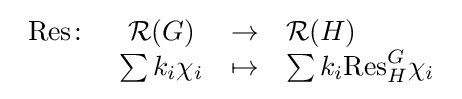
{\begin{array}{cccl}{\text{Res}}\colon &{\mathcal {R}}(G)&\to &{\mathcal {R}}(H)\\&\sum k_{i}\chi _{i}&\mapsto &\sum k_{i}{\text{Res}}_{H}^{G}\chi _{i}\end{array}}